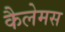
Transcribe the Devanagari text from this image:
कैलेमस